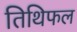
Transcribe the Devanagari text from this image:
तिथिफल